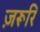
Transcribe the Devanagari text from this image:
ज़रूरि